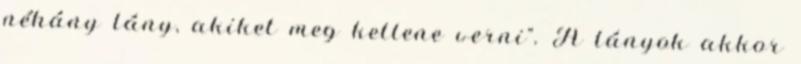
néhány lány, akiket meg kellene verni". A lányok akkor